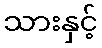
သားနှင့်